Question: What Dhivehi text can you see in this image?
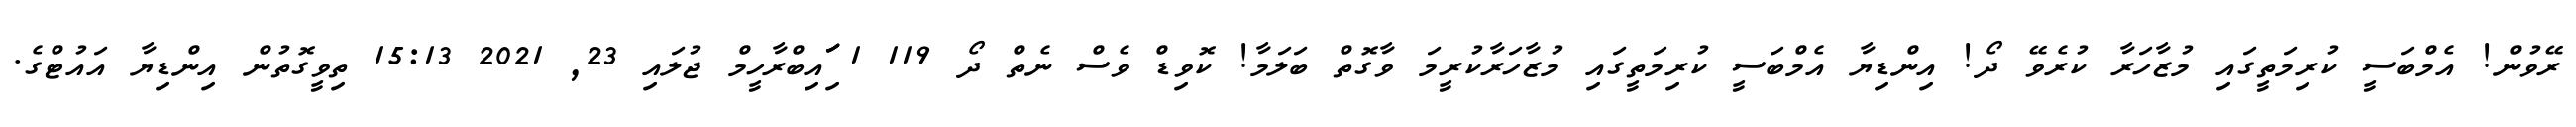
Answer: ރޭވުން! އެމްބަސީ ކުރިމަތީގައި މުޒާހަރާ ކުރެވޭ ދޯ! އިންޑިޔާ އެމްބަސީ ކުރިމަތީގައި މުޒާހަރާކުރީމަ ވާގޮތް ބަލަމާ! ކޮވިޑް ވެސް ނެތް ދޯ 119 1 ަިަަައިބްރާހީމް ޖުލައި 23, 2021 15:13 ތިވީގޮތުން އިންޑިޔާ އައުޓްގެ.